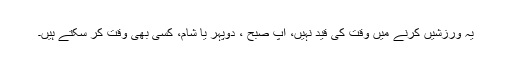
یہ ورزشیں کرنے میں وقت کی قید نہیں، آپ صبح ، دوپہر یا شام، کسی بھی وقت کر سکتے ہیں۔